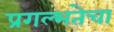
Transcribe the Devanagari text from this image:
प्रगल्‍भतेचा